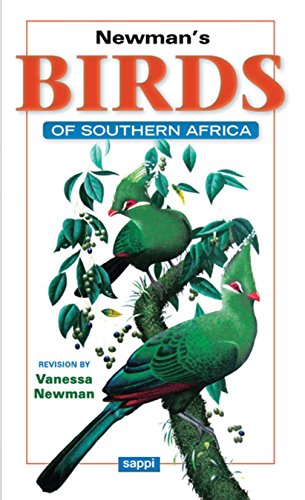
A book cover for Newman's Birds of Southern Africa: 10th Edition; Kenneth Newman; Crafts, Hobbies & Home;